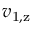
v _ { \mathrm { 1 , z } }